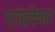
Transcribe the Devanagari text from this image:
तांबवेकर